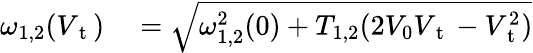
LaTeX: \begin{array}{rl}{\omega_{1,2}(V_{\mathrm{~t~}})}&{{}=\sqrt{\omega_{1,2}^{2}(0)+T_{1,2}(2V_{0}V_{\mathrm{~t~}}-V_{\mathrm{~t~}}^{2})}}\end{array}